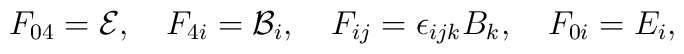
F_{04}={\cal {E}}, \quad F_{4i}={\cal {B}}_{i},\quad F_{ij}=\epsilon_{ijk}B_{k}, \quad F_{0i}=E_{i},